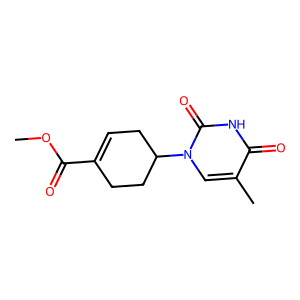
SMILES: COC(=O)C1=CCC(n2cc(C)c(=O)[nH]c2=O)CC1
Inhibits HIV replication: No